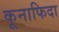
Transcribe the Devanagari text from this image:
कूनाफिदा